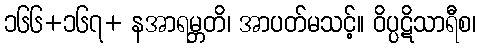
၁၆၆+၁၆၇+ နအာရမ္ဘတိ၊ အာပတ်မသင့်။ ဝိပ္ပဋိသာရီစ၊